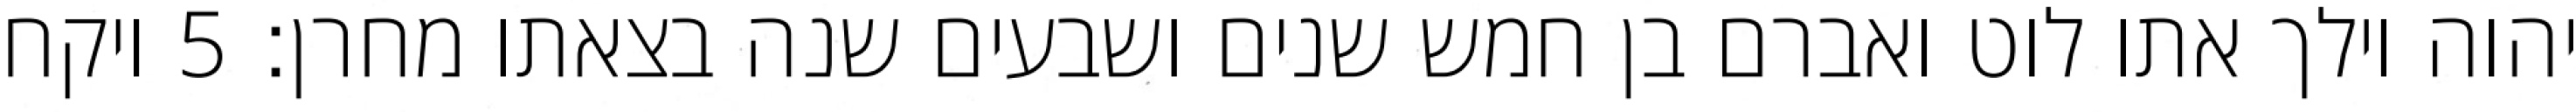
יהוה וילך אתו לוט ואברם בן חמש שנים ושבעים שנה בצאתו מחרן׃ ‎5‏ ויקח